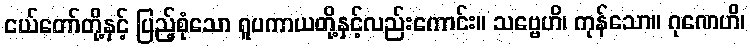
ငယ်တော်တို့နှင့် ပြည့်စုံသော ရူပကာယတို့နှင့်လည်းကောင်း။ သဗ္ဗေဟိ၊ ကုန်သော။ ဂုဏေဟိ၊